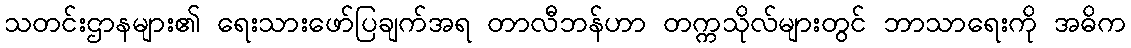
သတင်းဌာနများ၏ ရေးသားဖော်ပြချက်အရ တာလီဘန်ဟာ တက္ကသိုလ်များတွင် ဘာသာရေးကို အဓိက